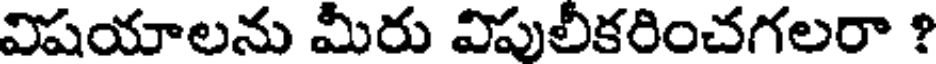
విషయాలను మీరు విపులీకరించగలరా ?